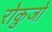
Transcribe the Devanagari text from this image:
रोकुजो